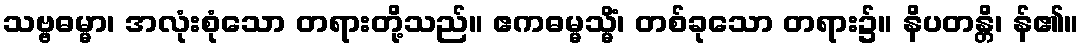
သဗ္ဗဓမ္မာ၊ အလုံးစုံသော တရားတို့သည်။ ဧကဓမ္မသ္မိံ၊ တစ်ခုသော တရား၌။ နိပတန္တိ၊ န်၏။